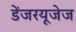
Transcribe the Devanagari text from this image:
डेंजरयूजेज